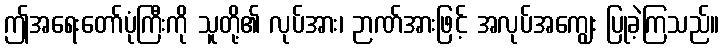
ဤအရေးတော်ပုံကြီးကို သူတို့၏ လုပ်အား၊ ဉာဏ်အားဖြင့် အလုပ်အကျွေး ပြုခဲ့ကြသည်။